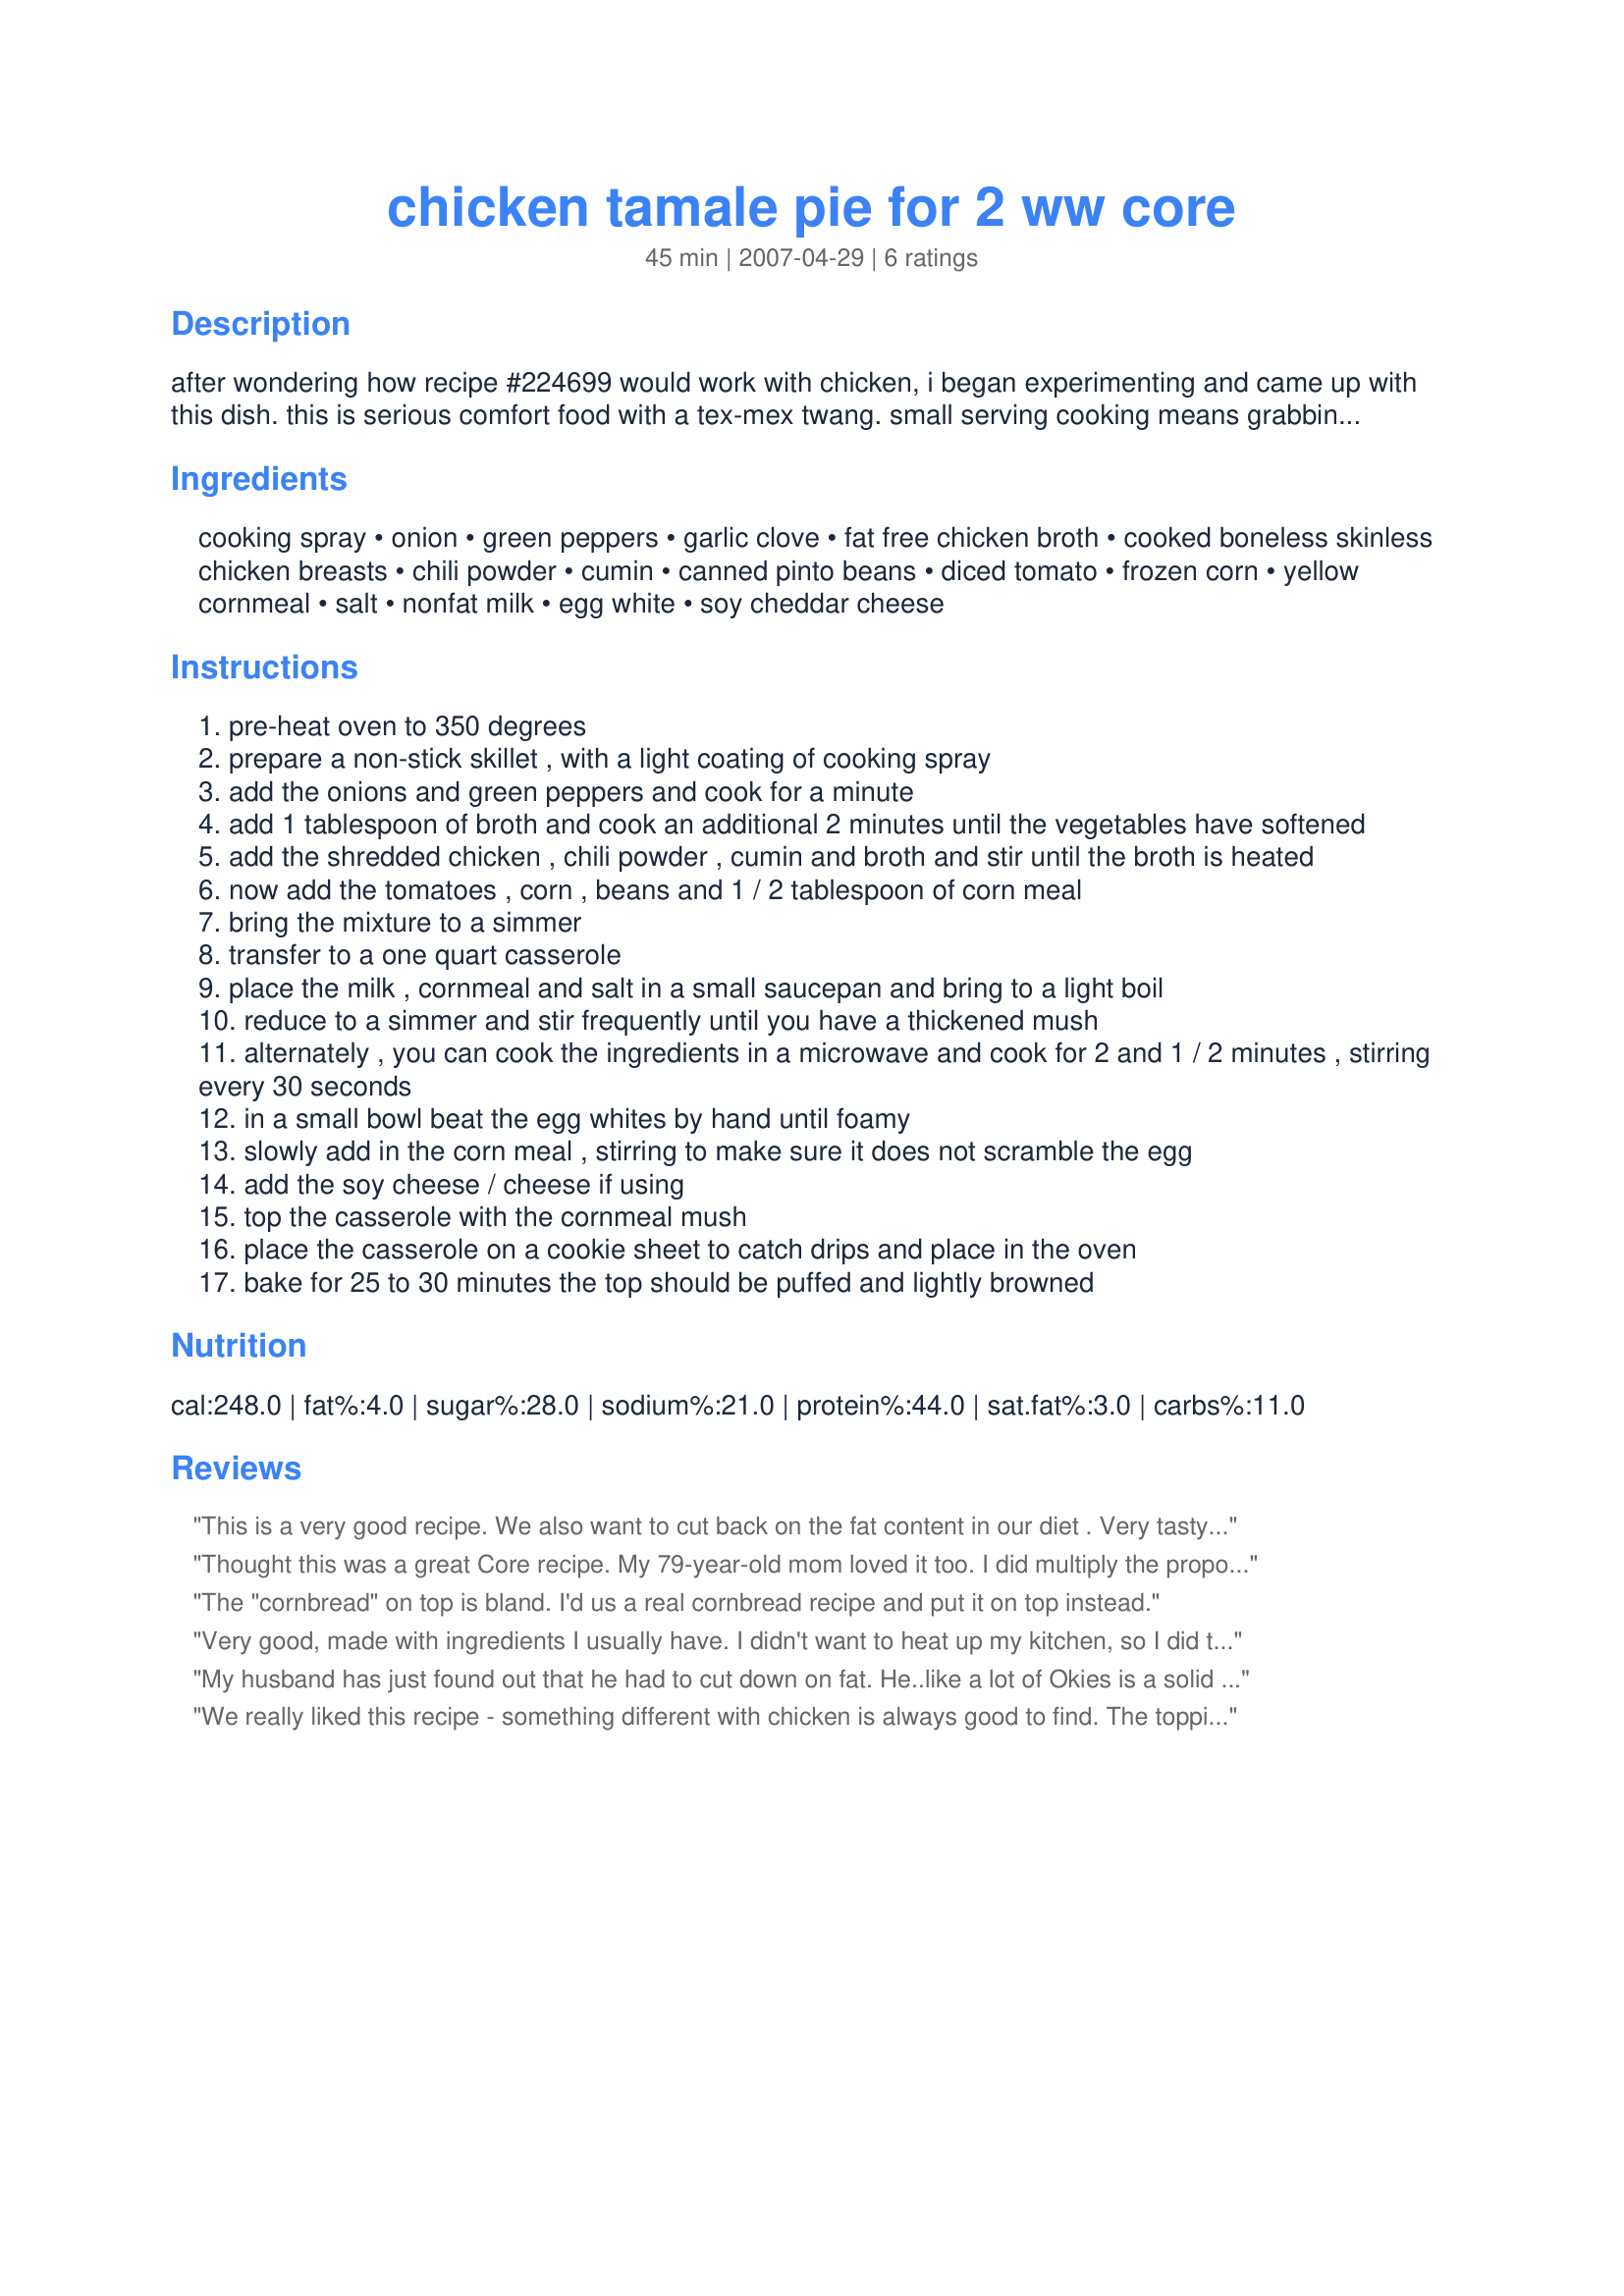
chicken tamale pie for 2 ww core
Preparation time: 45 minutes

after wondering how recipe #224699 would work with chicken, i began experimenting and came up with this dish. this is serious comfort food with a tex-mex twang. small serving cooking means grabbing bits of leftovers in the fridge, so i've included a couple of ingredient options.

Ingredients:
cooking spray, onion, green peppers, garlic clove, fat free chicken broth, cooked boneless skinless chicken breasts, chili powder, cumin, canned pinto beans, diced tomato, frozen corn, yellow cornmeal, salt, nonfat milk, egg white, soy cheddar cheese

Steps:
pre-heat oven to 350 degrees
prepare a non-stick skillet , with a light coating of cooking spray
add the onions and green peppers and cook for a minute
add 1 tablespoon of broth and cook an additional 2 minutes until the vegetables have softened
add the shredded chicken , chili powder , cumin and broth and stir until the broth is heated
now add the tomatoes , corn , beans and 1 / 2 tablespoon of corn meal
bring the mixture to a simmer
transfer to a one quart casserole
place the milk , cornmeal and salt in a small saucepan and bring to a light boil
reduce to a simmer and stir frequently until you have a thickened mush
alternately , you can cook the ingredients in a microwave and cook for 2 and 1 / 2 minutes , stirring every 30 seconds
in a small bowl beat the egg whites by hand until foamy
slowly add in the corn meal , stirring to make sure it does not scramble the egg
add the soy cheese / cheese if using
top the casserole with the cornmeal mush
place the casserole on a cookie sheet to catch drips and place in the oven
bake for 25 to 30 minutes the top should be puffed and lightly browned

Reviews:
This is a very good recipe. We also want to cut back on the fat content in our diet . Very tasty dish!!!
Thought this was a great Core recipe. My 79-year-old mom loved it too. I did multiply the proportions x 3 or 4 so I could use whole cans of beans/Ro-tel tomatoes. Also just added whole egg to the topping due to time and it was very good, but probably not as light as with egg white. I also was out of chicken broth and just used water and upped the seasonings; and used part shredded chicken and part canned chicken breast. I made it spicy and served it with fat-free sour cream on top. A winner!!
The "cornbread" on top is bland. I'd us a real cornbread recipe and put it on top instead.
Very good, made with ingredients I usually have. I didn't want to heat up my kitchen, so I did the final cooking in the microwave, which worked just fine. Thanks for posting!
My husband has just found out that he had to cut down on fat. He..like a lot of Okies is a solid meat and potato guy. 
It has been really hard to find things that he likes to eat but this recipe fit the bill. Has a wonderful flavor and we didn't miss the beef at all with this.
I would highly recommend!!!
We really liked this recipe - something different with chicken is always good to find. The topping is really good - the kids thought it looked like a twinkie. They really liked it; even if it wasn't a giant twinkie.
